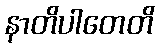
နာတိပါတေတိ